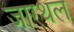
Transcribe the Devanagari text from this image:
जारथल